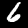
Digit: 6